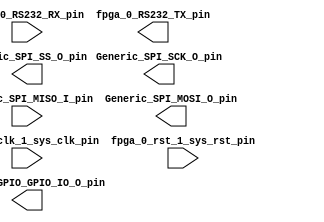
module spi_ctrl
	(
	fpga_0_RS232_RX_pin,
	fpga_0_RS232_TX_pin,
	fpga_0_clk_1_sys_clk_pin,
	fpga_0_rst_1_sys_rst_pin,
	Generic_SPI_MISO_I_pin,
	Generic_SPI_MOSI_O_pin,
	Generic_SPI_SCK_O_pin,
	Generic_SPI_SS_O_pin,
	Generic_GPIO_GPIO_IO_O_pin
	);
input  fpga_0_RS232_RX_pin;
output  fpga_0_RS232_TX_pin;
input  fpga_0_clk_1_sys_clk_pin;
input  fpga_0_rst_1_sys_rst_pin;
input  Generic_SPI_MISO_I_pin;
output  Generic_SPI_MOSI_O_pin;
output  Generic_SPI_SCK_O_pin;
output  Generic_SPI_SS_O_pin;
output [0:1] Generic_GPIO_GPIO_IO_O_pin;

endmodule